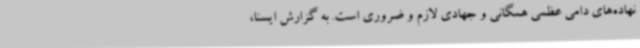
نهاده‌های دامی عظمی همگانی و جهادی لازم و ضروری است. به گزارش ایسنا،